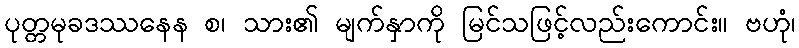
ပုတ္တမုခဒဿနေန စ၊ သား၏ မျက်နှာကို မြင်သဖြင့်လည်းကောင်း။ ဗဟုံ၊